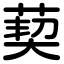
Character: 葜